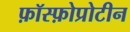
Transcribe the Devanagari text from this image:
फ़ॉस्फ़ोप्रोटीन